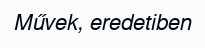
Művek, eredetiben